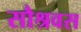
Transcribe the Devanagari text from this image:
सौश्रवस